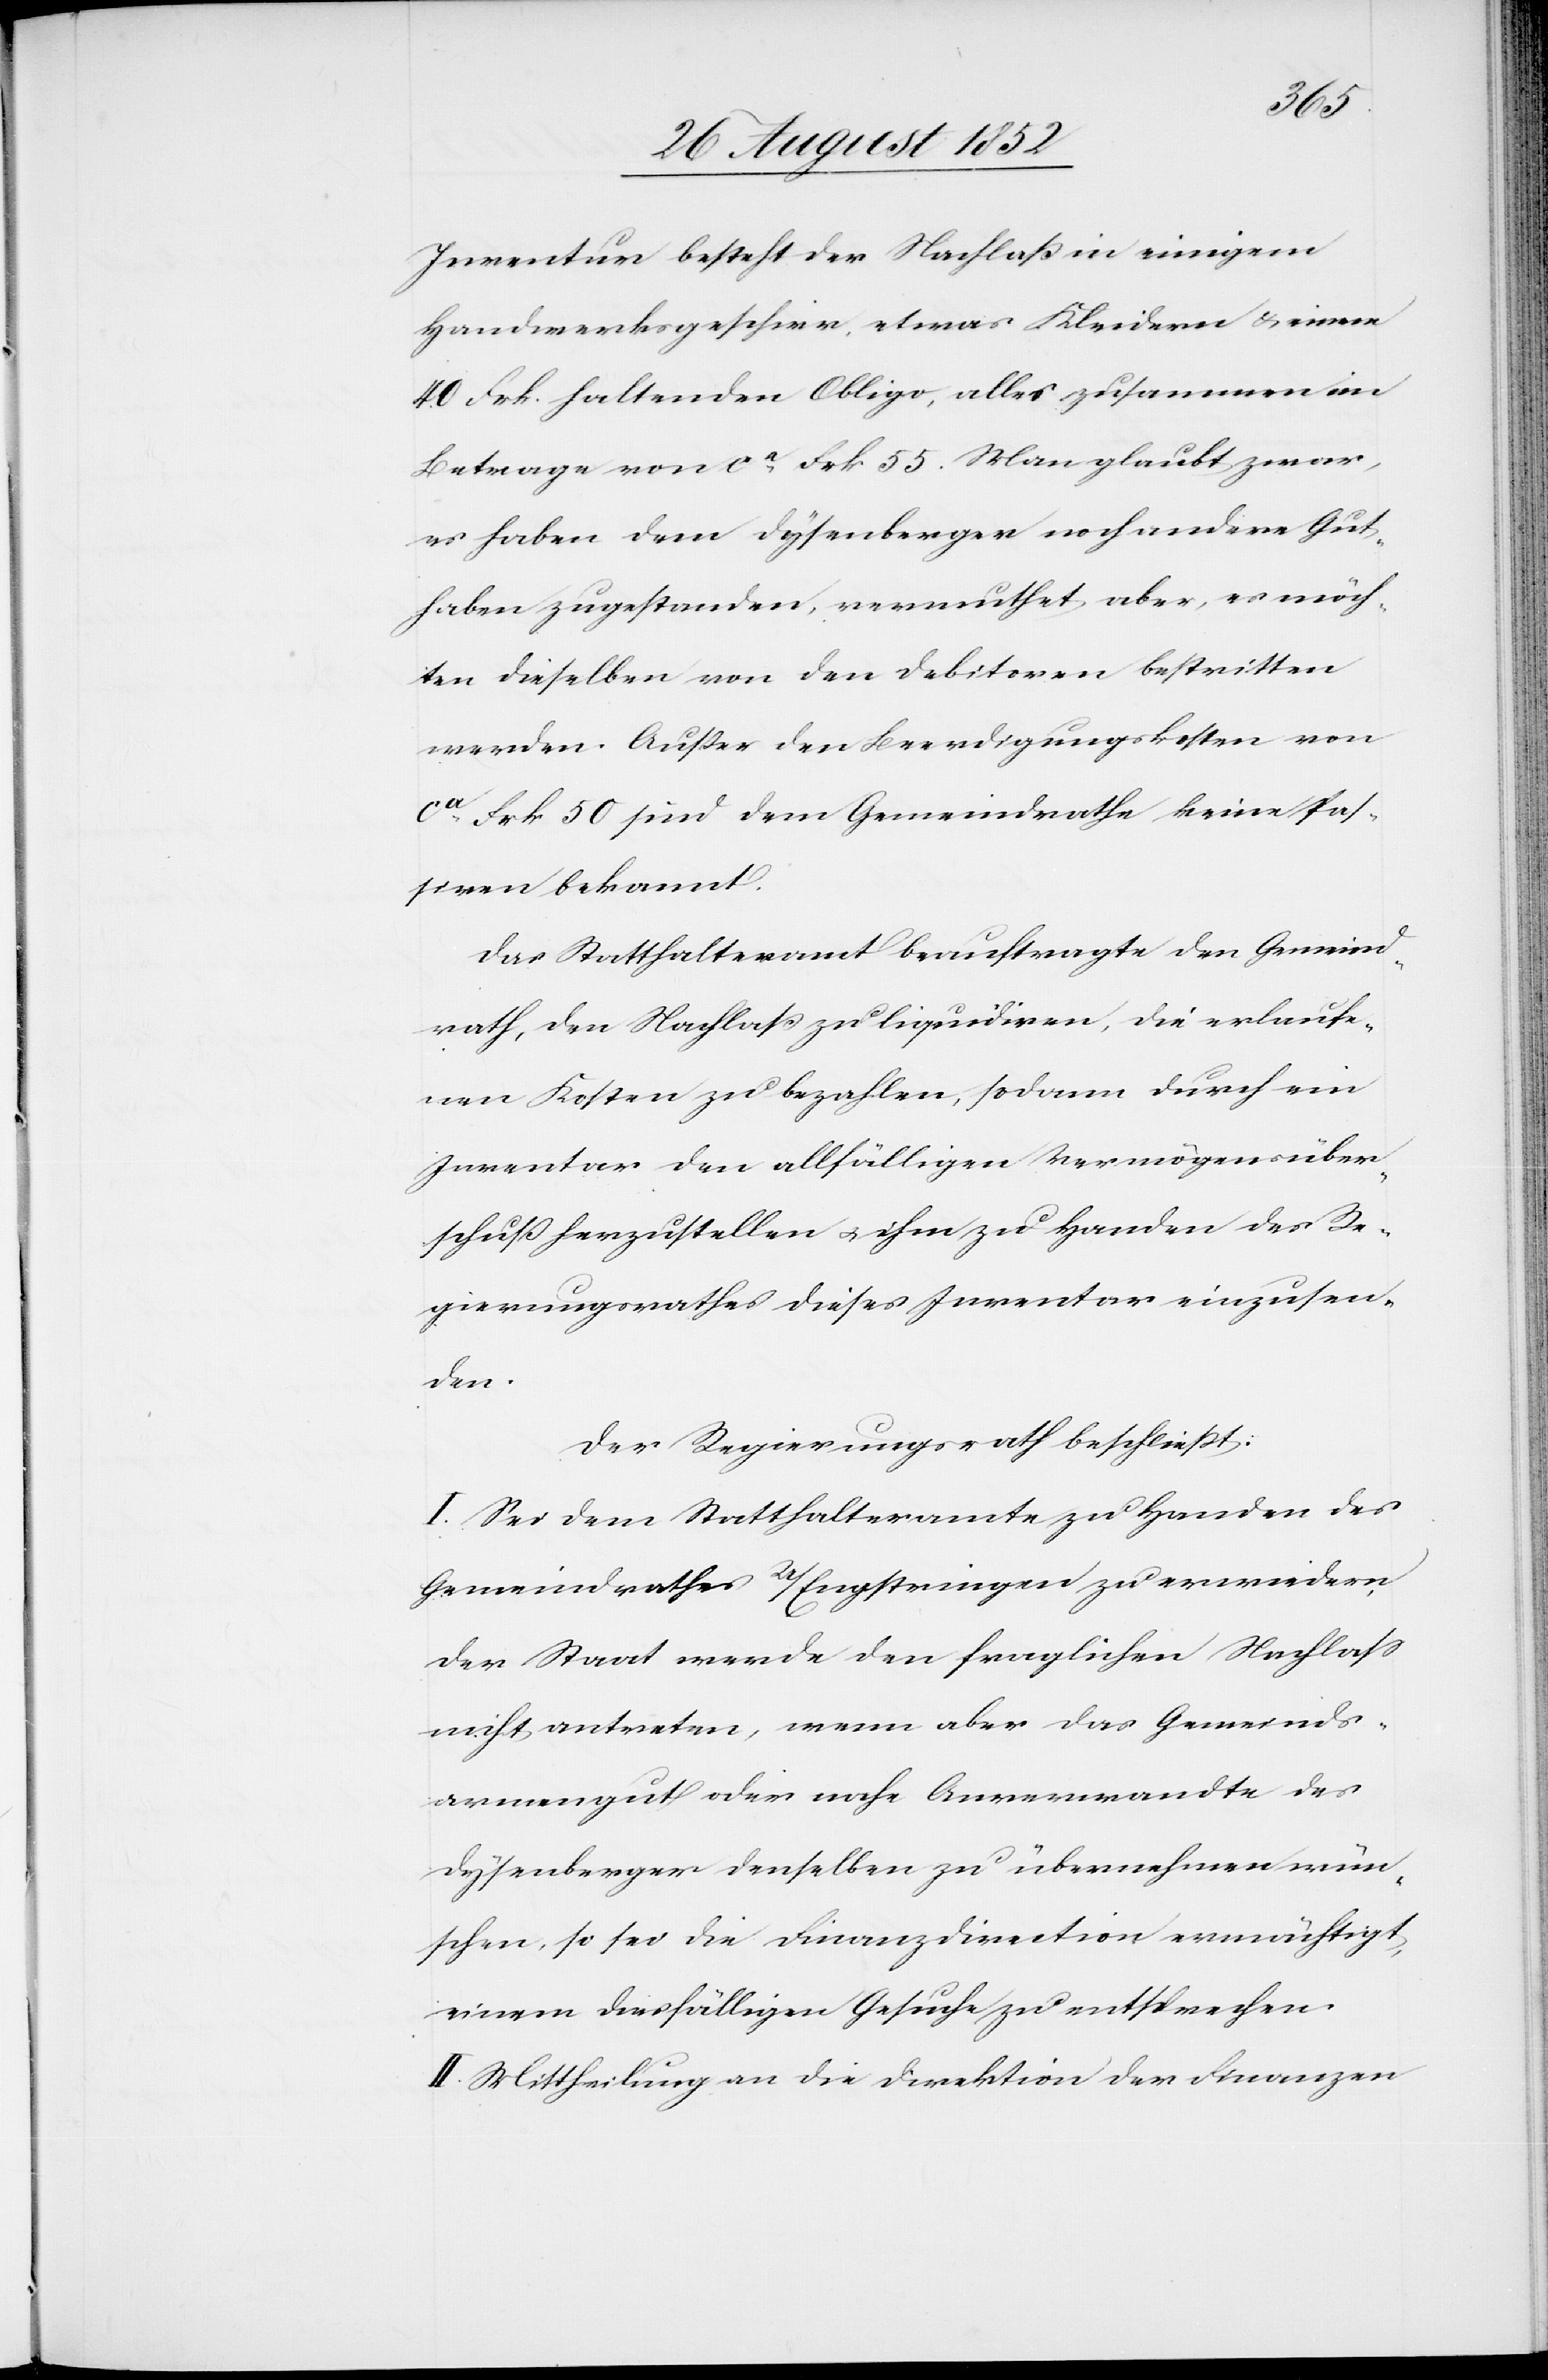
Inventur besteht der Nachlaß in einigem
Handwerksgeschirr, etwas Kleidern & einem
40 Frk. haltenden Obligo, alles zusammen im
Betrage von ca Frk 55. Man glaubt zwar,
es haben dem Dysenberger noch andere Gut¬
haben zugestanden, vermuthet aber, es möch¬
ten dieselben von den Debitoren bestritten
werden. Außer den Beerdigungskosten von
ca Frk 50 sind dem Gemeindrathe keine Pas¬
siven bekannt.
Das Statthalteramt beauftragte den Gemeind¬
rath, den Nachlaß zu liquidiren, die erlaufe¬
nen Kosten zu bezahlen, sodann durch ein
Inventar den allfälligen Vermögensüber¬
schuß herzustellen & ihm zu Handen des Re¬
gierungsrathes dieses Inventar einzusen¬
den.
Der Regierungsrath beschließt:
I. Sei dem Statthalteramte zu Handen des
Gemeindrathes U/Engstringen zu erwiedern,
der Staat werde den fraglichen Nachlass
nicht antreten, wenn aber das Gemeinds¬
armengut oder nahe Anverwandte des
Dysenberger denselben zu übernehmen wün¬
schen, so sei die Finanzdirection ermächtigt,
einem diesfälligen Gesuche zu entsprechen.
II. Mittheilung an die Direktion der Finanzen